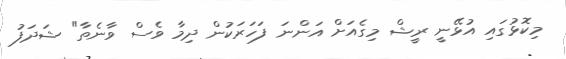
މިކޮޅުގައި އުޅޭނީ ރީޝް މިގެއަށް އަންނަ ފަހަރަކުން ދިމާ ވެސް ވާނެތާ" ޝަދަފު